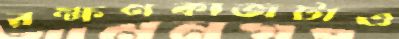
রক্ষণকাজটাও